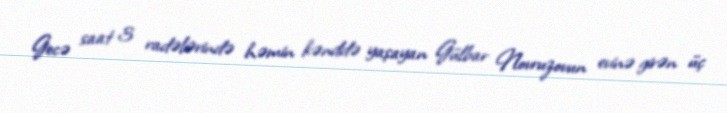
Gecə saat 3 radələrində həmin kənddə yaşayan Gülbar Novruzovun evinə girən üç